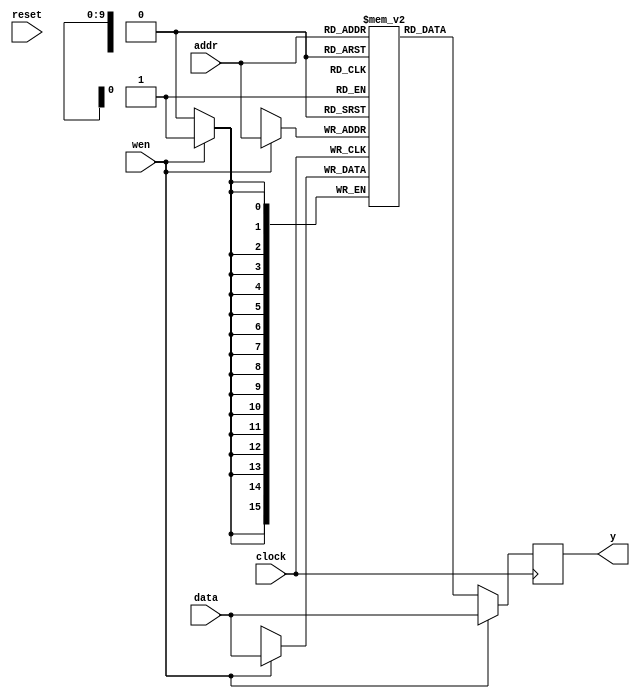
module main (
   input wire clock,
   input wire reset,
   input wire [9:0] addr,
   input wire [15:0] data,
   input wire wen,
   output reg [15:0] y
);
   (* ram_style = "ultra" *) reg [15:0] ram [1023:0];

   always @(posedge clock) begin
     if (wen) begin
       ram[addr] <= data;
       y <= data;
     end
     else begin
       y <= ram[addr];
     end
   end

endmodule